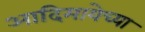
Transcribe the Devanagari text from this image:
आदिमायेच्या